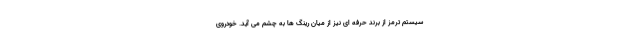
سیستم ترمز از برند حرفه ای نیز از میان رینگ ها به چشم می آید. خودروی